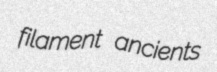
filament ancients